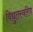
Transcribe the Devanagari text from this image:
विद्युतस्वरित्र